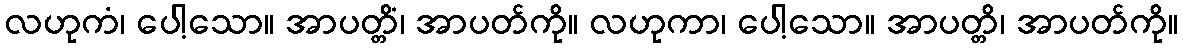
လဟုကံ၊ ပေါ့သော။ အာပတ္တိံ၊ အာပတ်ကို။ လဟုကာ၊ ပေါ့သော။ အာပတ္တိ၊ အာပတ်ကို။